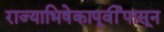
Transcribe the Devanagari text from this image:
राज्याभिषेकापूर्वीपासून